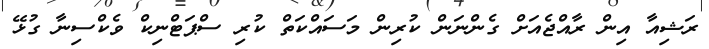
ރަޝިއާ އިން ރާއްޖެއަށް ގެންނަން ކުރިން މަސައްކަތް ކުރި ސްޕަޓްނިކް ވެކްސިނާ ގުޅޭ